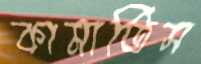
কামাতিস